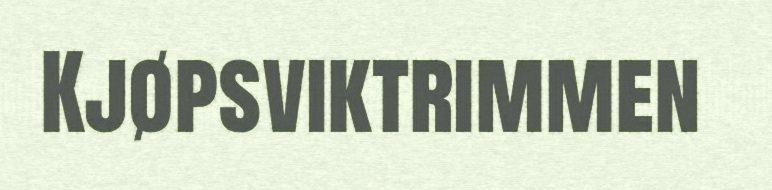
Kjøpsviktrimmen